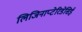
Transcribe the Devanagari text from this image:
लिजिनाप्टेरिडेसिई